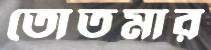
তোতমার